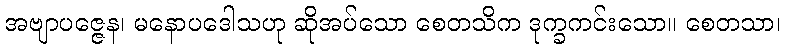
အဗျာပဇ္ဇေန၊ မနောပဒေါသဟု ဆိုအပ်သော စေတသိက ဒုက္ခကင်းသော။ စေတသာ၊